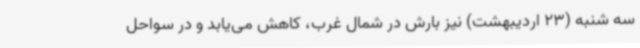
سه شنبه (23 اردیبهشت) نیز بارش در شمال غرب، کاهش می‌یابد و در سواحل